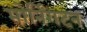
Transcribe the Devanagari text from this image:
मोर्निंगटन